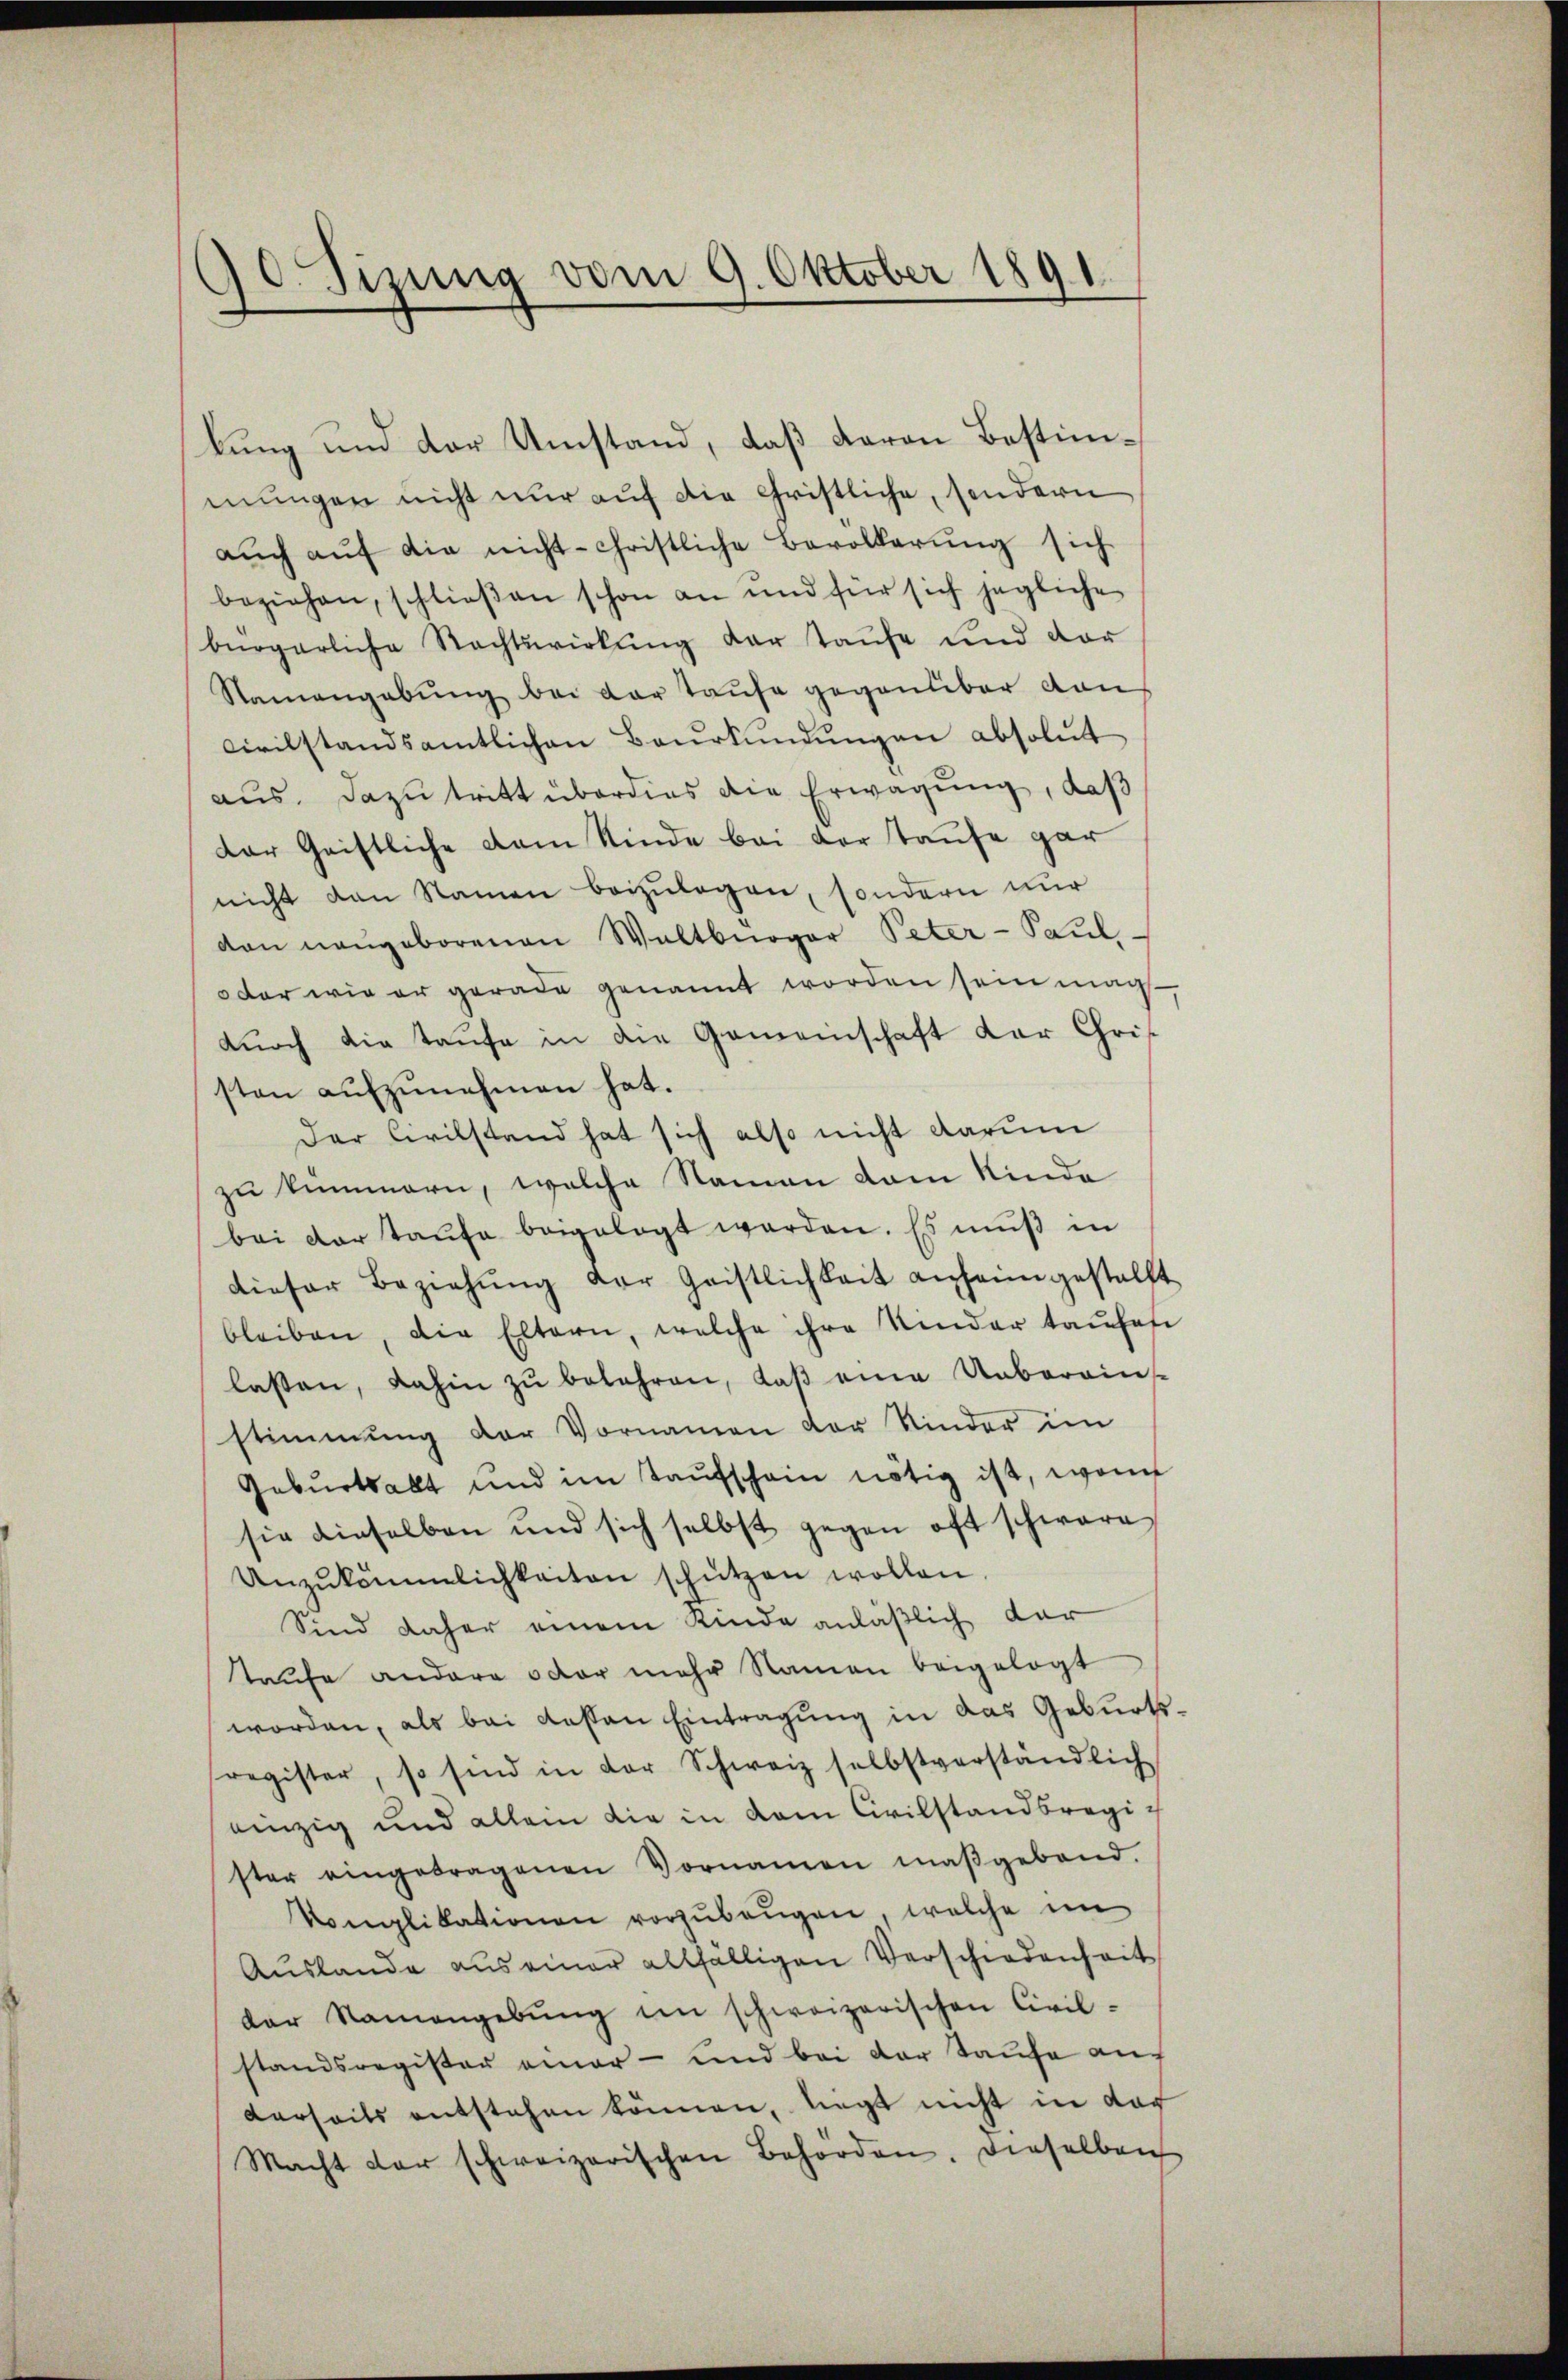
90. Sizung vom 9. Oktober 1891

kung und der Umstand, daß daran Bestimmungen nicht nur auf die Christliche, sondern
aŭch aŭf die nicht- christliche Bevollerung sich
beziehen, schlieβen schon an und für sich jegliche
bürgerliche Nachtswirkŭng der Taufe und der
Namengebung bei der Taufe gegenüber den
civilstandsamtlichen Baŭrkŭndŭngen absolut
aus. Dazu tritt überdies die Erwägung, daß
der Geistliche vom Kinde bei der Taufe gar
nicht den Namen beizulegen, sondern nur
von nangeborenen Weltbürger Peter-Paul.
oder wie er gerade genannt worden sein mag.
dŭrch die Taufe in die Gemeinschaft der Chris
sten aufzunehmen hat.
Der Civilstand hat sich also nicht darum
zu kümmern, welche Namen dem Kinde
bei dortaŭfe beigelegt werden. Es muß in
dieser Beziehŭng der Geistlichkeit anheimgestellt
bleiben, die Eltern, welche ihre Kinder taufes
lassen, dahin zu belehren, daß eine Unberain-
stimmung der Vornamen der Kinder im
Geburtsalt und im Taufschein nötig ist, wenn
sie dieselben und sich selbst gegen oft schware
Unzŭkämmlichkeiten schützen wollen.
Sind daher einem Kinde anläßlich dar
taufe andere oder mehr Namen beigelegt
worden, als bei dessen Eintragung in das Geburtsregister, so sind in der Schweiz selbstverständlich
einzig und allein die in dem Civilstandsregister eingetragenen Vornamen maßgebend.
Komplikationen vorzŭbeŭgen, welche im
Auslande aus einer allfälligen Verschiedenheit
der Namengebŭng im schweizerischen Civil-
standsregister einer- und bei der Taufe auf
derseits entstehen können, liegt nicht in dar
Macht der schweizerischen Behörden. Dieselben